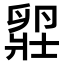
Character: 𫧾